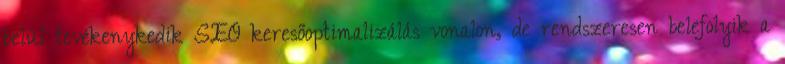
belül tevékenykedik SEO keresőoptimalizálás vonalon, de rendszeresen belefolyik a